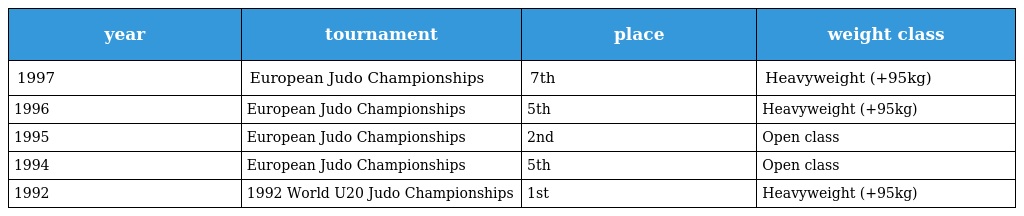
| year | tournament | place | weight class |
 | --- | --- | --- | --- |
 | 1997 | European Judo Championships | 7th | Heavyweight (+95kg) |
 | 1996 | European Judo Championships | 5th | Heavyweight (+95kg) |
 | 1995 | European Judo Championships | 2nd | Open class |
 | 1994 | European Judo Championships | 5th | Open class |
 | 1992 | 1992 World U20 Judo Championships | 1st | Heavyweight (+95kg) |